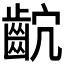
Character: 𪗴